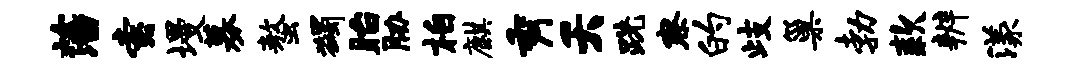
藩索墁募螯蠲眙胁柏麒秀夭跣察的歧巢勃款辨漾